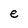
Character: e